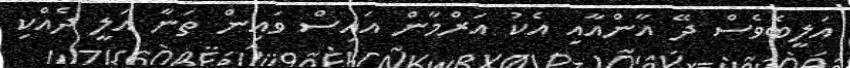
އަލީބެވެސް ދޭ އާންއާއި އެކު އަރްމާން އައިސް ވައިން ތަނާ އަލީ ދެއްކި